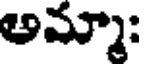
అమ్మా: